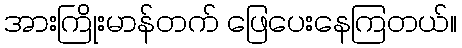
အားကြိုးမာန်တက် ဖြေပေးနေကြတယ်။